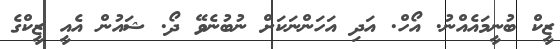
ޒީކް ބުނީމައެއްނު. އޯހް. އަދި އަހަންނަކަށް ނުބުނެވޭ ދޯ. ޝައުން އެއީ ޒީކްގެ